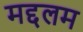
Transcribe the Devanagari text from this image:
मद्दलम